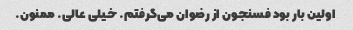
اولین بار بود فسنجون از رضوان می‌گرفتم. خیلی عالی. ممنون.